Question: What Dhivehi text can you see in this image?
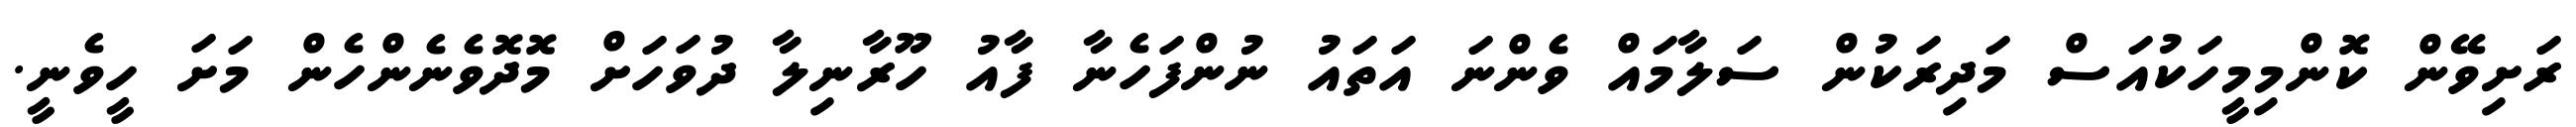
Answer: ރަށިވޭން ކޮންމިމީހަކުއަސް މަދިރަކުން ސަލާމައް ވެންނަ އަތައު ނުންފަހެނާ ފާއު ހޫރާނިލާ ދުވަހަށް މޮދޮވެނެންހެން މަށަ ހީވެނީ.